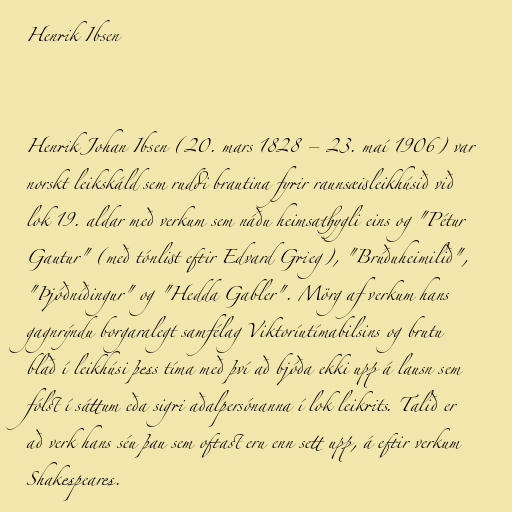
Henrik Ibsen

Henrik Johan Ibsen (20. mars 1828 – 23. maí 1906) var
norskt leikskáld sem ruddi brautina fyrir raunsæisleikhúsið við
lok 19. aldar með verkum sem náðu heimsathygli eins og "Pétur
Gautur" (með tónlist eftir Edvard Grieg), "Brúðuheimilið",
"Þjóðníðingur" og "Hedda Gabler". Mörg af verkum hans
gagnrýndu borgaralegt samfélag Viktoríutímabilsins og brutu
blað í leikhúsi þess tíma með því að bjóða ekki upp á lausn sem
fólst í sáttum eða sigri aðalpersónanna í lok leikrits. Talið er
að verk hans séu þau sem oftast eru enn sett upp, á eftir verkum
Shakespeares.